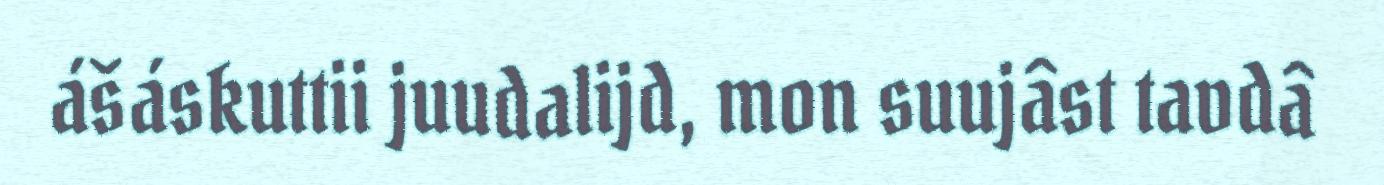
ášáskuttii juudalijd, mon suujâst tavdâ